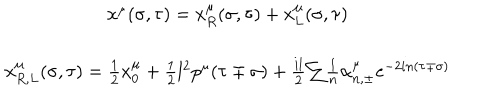
LaTeX: \begin{array} { c } { { x ^ { \mu } ( \sigma , \tau ) = x _ { R } ^ { \mu } ( \sigma , \tau ) + x _ { L } ^ { \mu } ( \sigma , \tau ) } } \\ { { x _ { R , L } ^ { \mu } ( \sigma , \tau ) = \frac 1 2 x _ { 0 } ^ { \mu } + \frac 1 2 l ^ { 2 } p ^ { \mu } ( \tau \mp \sigma ) + \frac { i l } 2 { \sum } \frac 1 n \alpha _ { n , \pm } ^ { \mu } e ^ { - 2 i n ( \tau \mp \sigma ) } } } \\ \end{array}